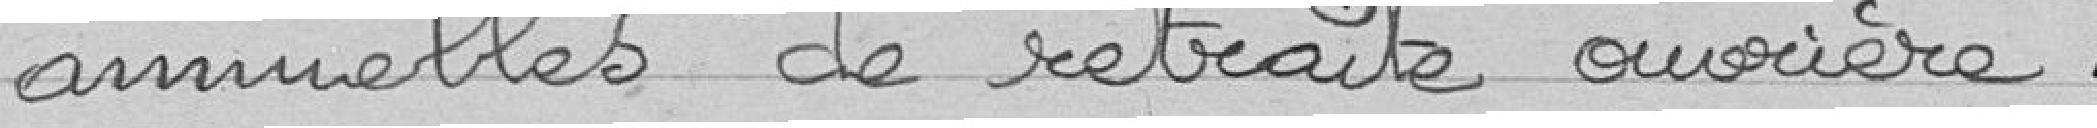
annuelles de retraite ouvrière.